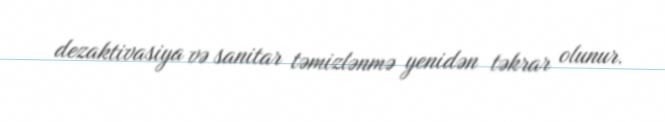
dezaktivasiya və sanitar təmizlənmə yenidən təkrar olunur.